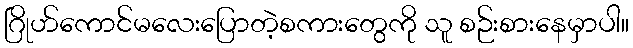
ဂြိုဟ်ကောင်မလေးပြောတဲ့စကားတွေကို သူ စဉ်းစားနေမှာပါ။